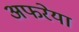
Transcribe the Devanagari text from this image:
अफरेया